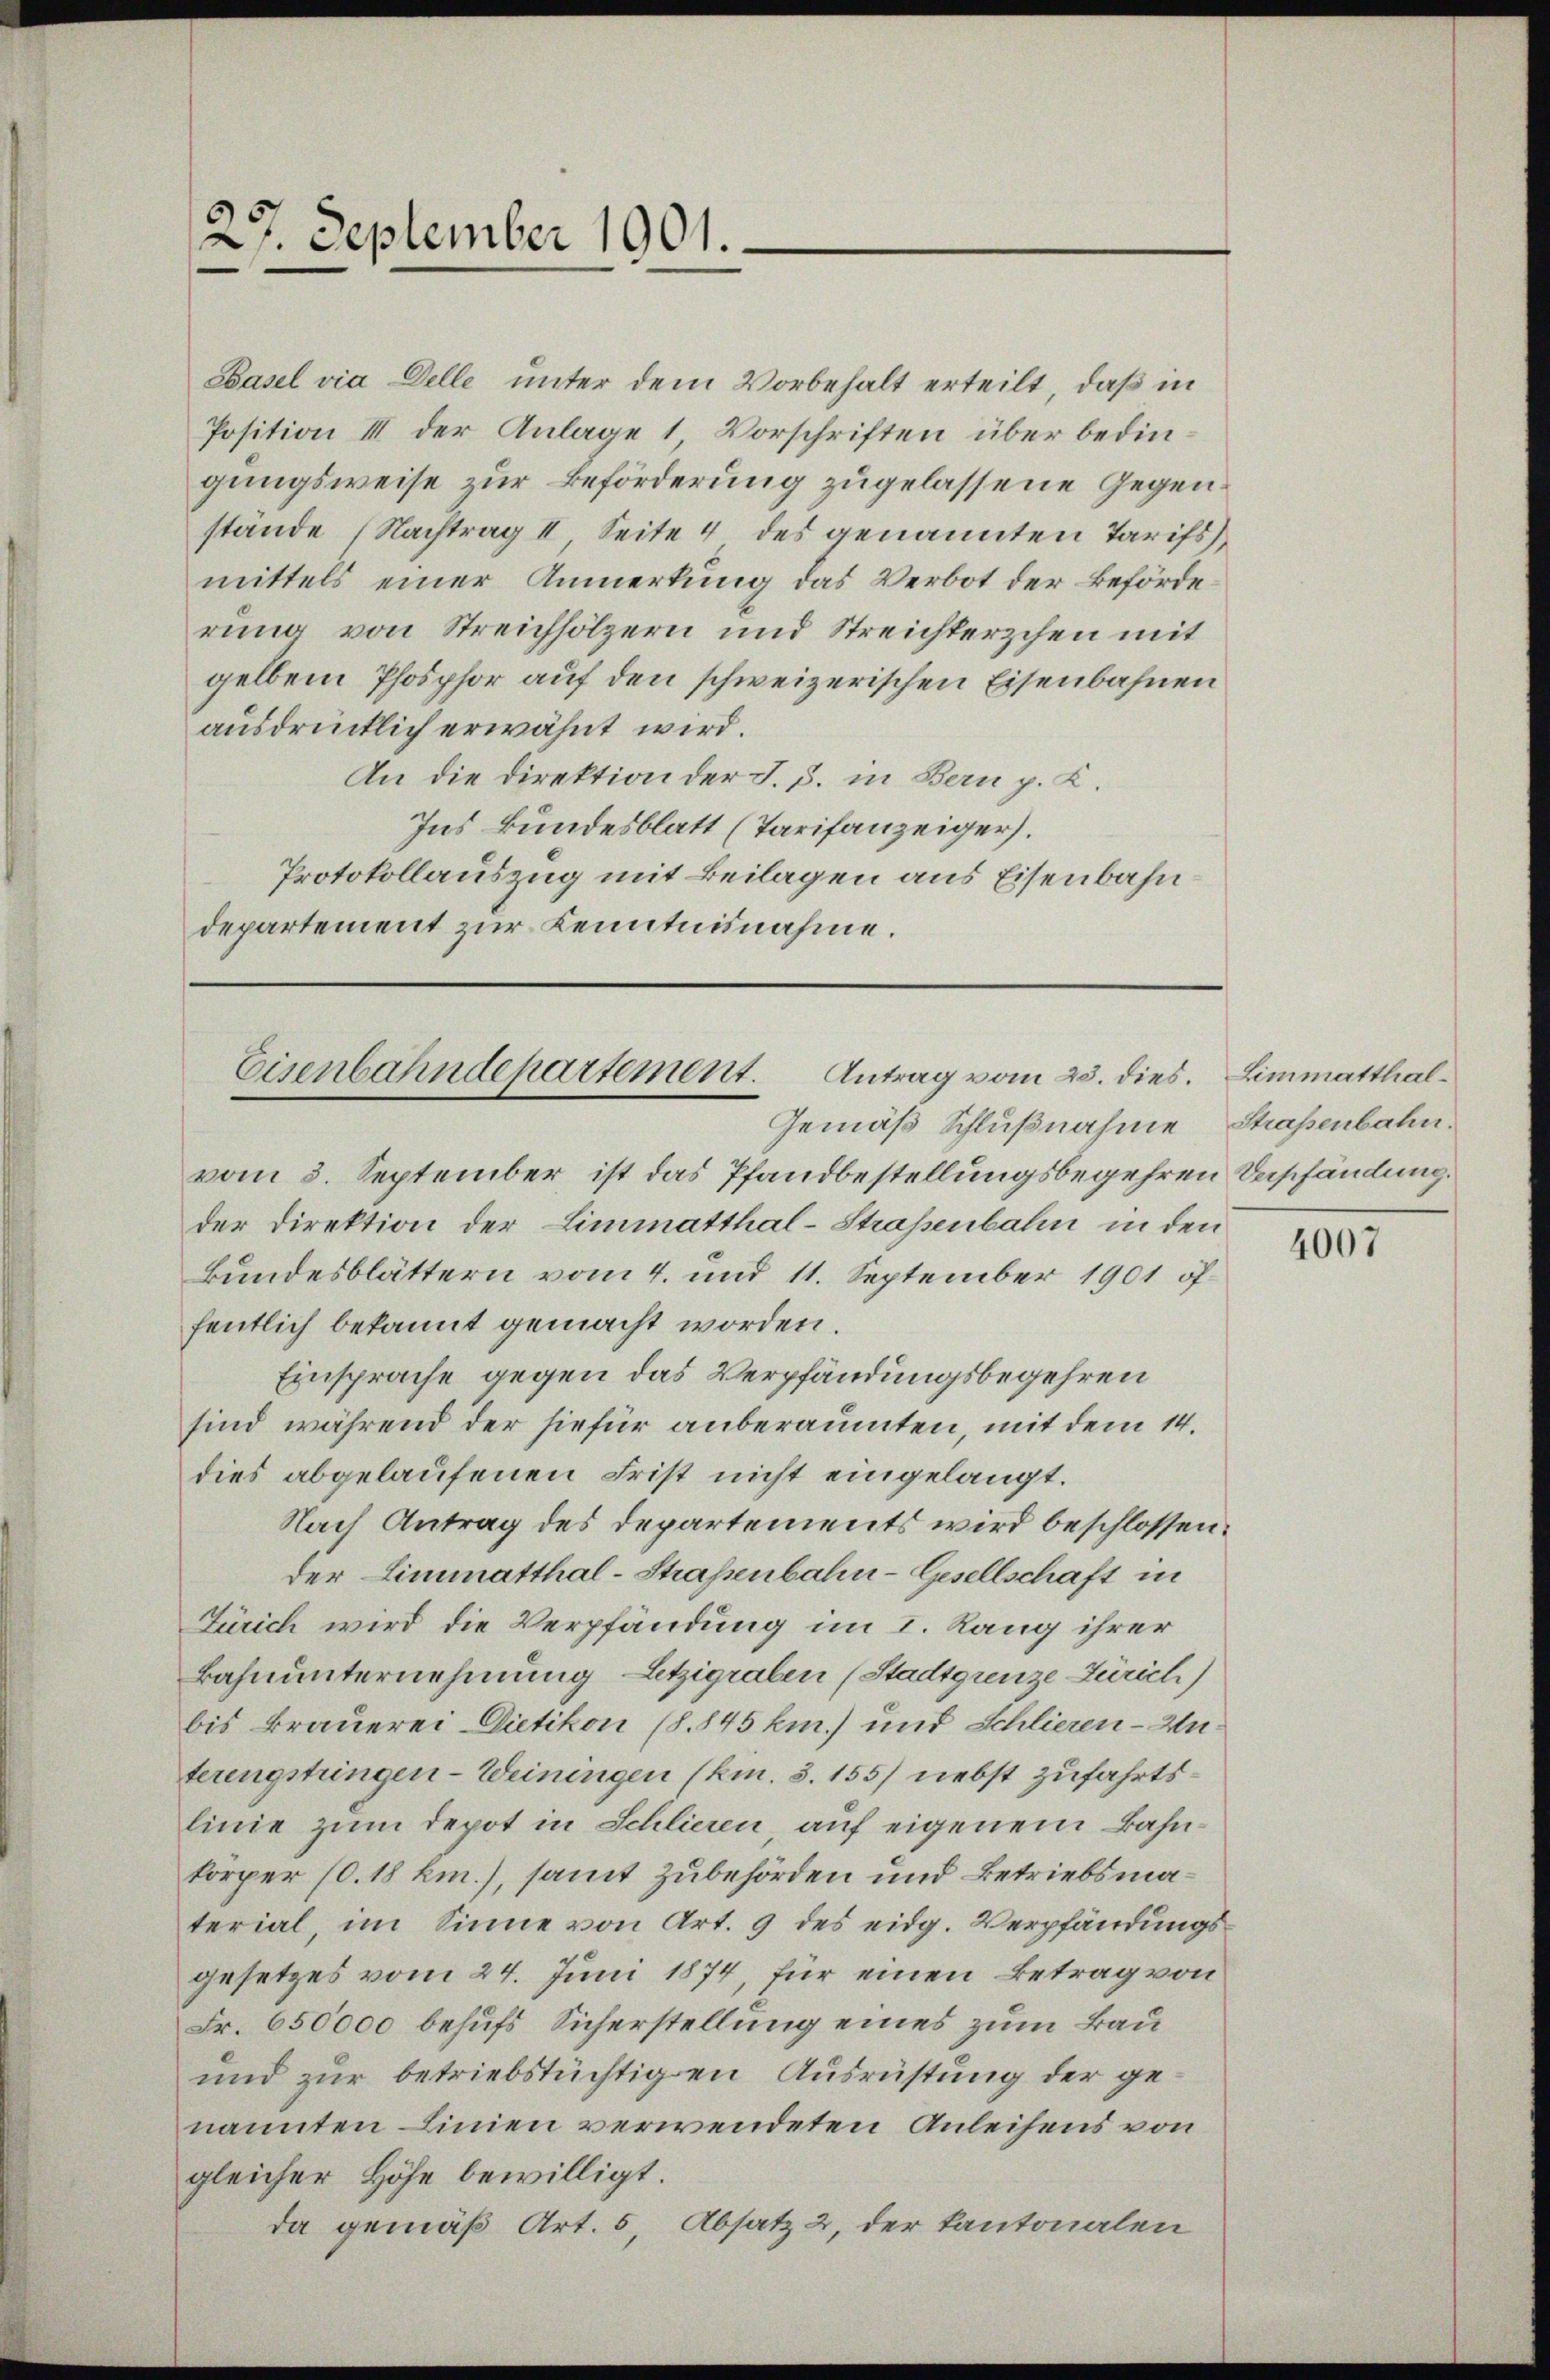
27. September 1901.

Basel via Delle unter dem Vorbehalt erteilt, daß in
Position III der Anlage 1 Vorschriften über bedingungsweise zur Beförderung zugelassene Gegenstände (Nachtrag II Seite 4 des genannten Tarifs,
mittels einer Anmerkung das Verbot der Beförderung von Streichhölzern und Streichterschen mit
gelben Phosphor auf den schweizerischen Eisenbahnen
ausdrücklich erwähnt wird.
An die Direktion der J. J. in Bern p. K.
Ins Bundesblatt (Tarifanzeiger.
Protokollauszug mit Beilagen aus Eisenbahndepartement zur Kenntnisnahme.

Eisenbahndepartement. Antrag vom 25. dies.

Gemäß Schlußnahme Straßenbahn.

vom 3. September ist das Pfandbestellungsbegehren Beschändung.
der Direktion der Limmatthal-Strassenbahn in den
Bundesblättern vom 4. und 11. September 1901 öffentlich bekannt gemacht worden.
Einsprache gegen das Verpfändungsbegehren
sind während der hiefür anberaumten, mit dem 14.
dies abgelaufenen Frist nicht eingelangt.
Nach Antrag des Departements wird beschlossen.
der Limmatthal-Straßenbahn-Gesellschaft in
Zürich wird die Verpfändung im I. Rang ihrer
Bahnunternehmung, Letzigraben (Stadtgrenze Zürich)
bis Brauerei Dietikon (8. 845 km.) und Schlieren-Unterengstringen-Weiningen (kin. S. 155) nebst zufahrtslinie zum Depot in Schlieren, auf eigenem Bahnkörper (0.18 km.), samt zubehörden und Betriebsmaterial, im Sinne von Art. 9 des eidg. Verpfändungsgesetzes vom 24. Juni 1874, für einen Betrag von
Fr. 650000 behufs Sicherstellung eines zum Bau¬
und zur betriebstüchtigen Ausrüstung der genannten Linien verwendeten Anleihens von
gleicher Höhe bewilligt.
da gemäß Art. 5 Absatz 2, der Kantonalen

Limmatthal¬

4007